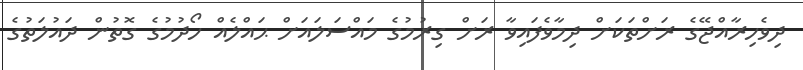
ދިވެހިރާއްޖޭގެ ރަށްތަކަށް ދިމާވެފައިވާ ރަށް ގިރުމުގެ މައްސަލައަށް ޙައްލެއް ހޯދުމުގެ ގޮތުން ދައުލަތުގެ